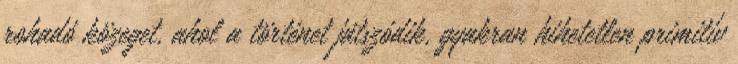
rohadó közeget, ahol a történet játszódik, gyakran hihetetlen primitív